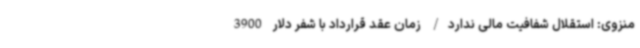
منزوی: استقلال شفافیت مالی ندارد/ زمان عقد قرارداد با شفر دلار 3900